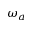
\omega _ { a }